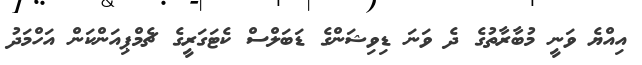
އިއްޔެ ވަނީ މުބާރާތުގެ ދެ ވަނަ ޑިވިޝަންގެ ޑަބަލްސް ކެޓަގަރީގެ ޗެމްޕިއަންކަން އަހްމަދު